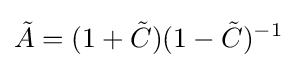
{\tilde {A}}=(1+{\tilde {C}})(1-{\tilde {C}})^{-1}